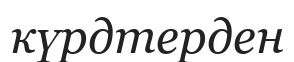
күрдтерден